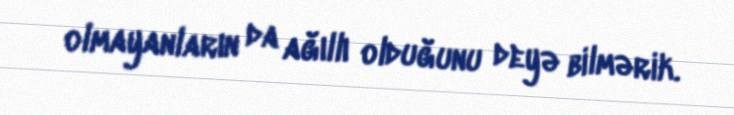
olmayanların da ağıllı olduğunu deyə bilmərik.